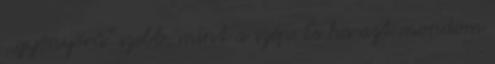
,,gyönyörű" szebb, mint a szép. És ha azt mondom